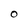
Character: O